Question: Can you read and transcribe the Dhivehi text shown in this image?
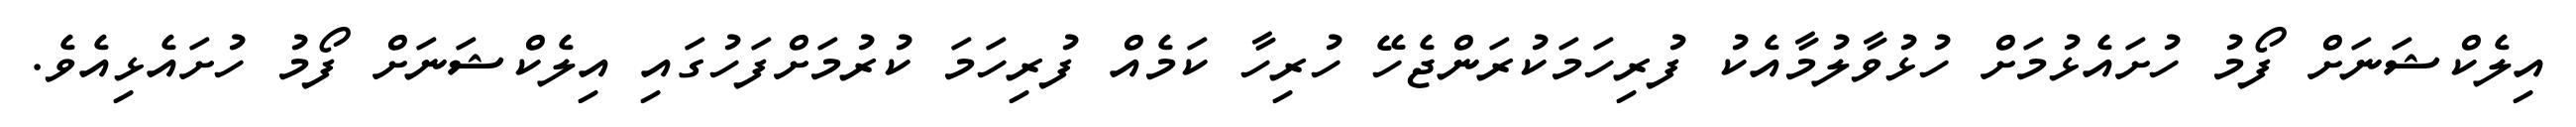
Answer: އިލެކްޝަނަށް ފޯމު ހުށައެޅުމަށް ހުޅުވާލުމާއެކު ފުރިހަމަކުރަންޖެހޭ ހުރިހާ ކަމެއް ފުރިހަމަ ކުރުމަށްފަހުގައި އިލެކްޝަނަށް ފޯމު ހުށައެޅިއެވެ.